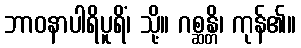
ဘာဝနာပါရိပူရိံ၊ သို့။ ဂစ္ဆန္တိ၊ ကုန်၏။